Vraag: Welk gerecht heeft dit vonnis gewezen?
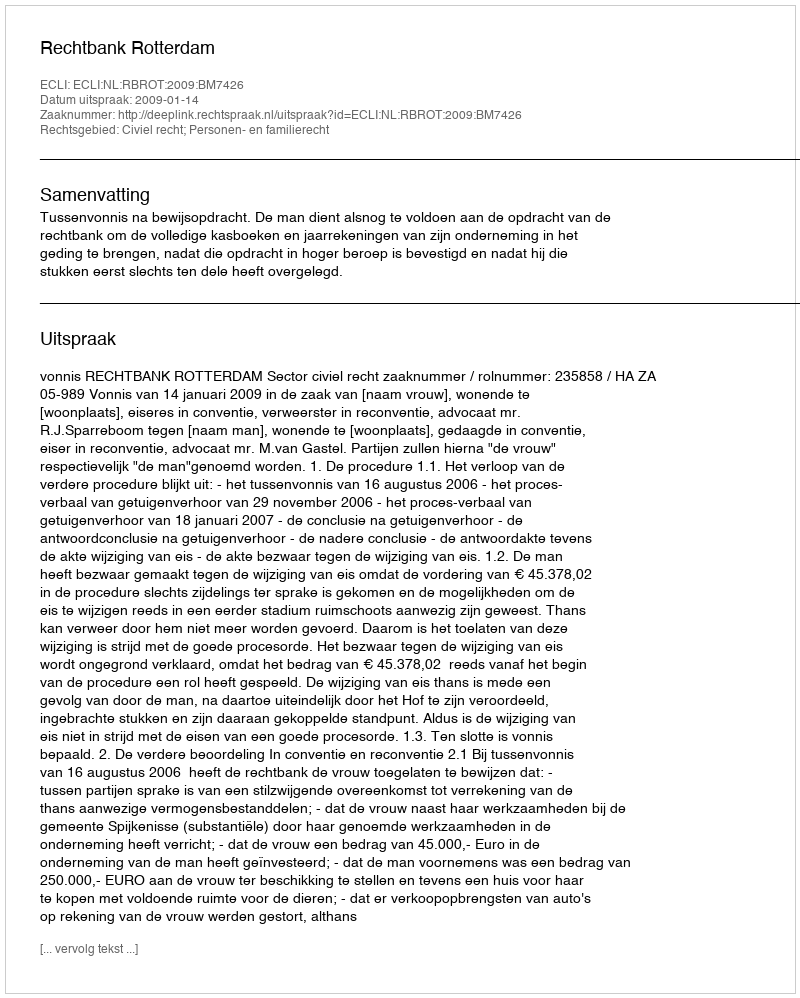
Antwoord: Rechtbank Rotterdam